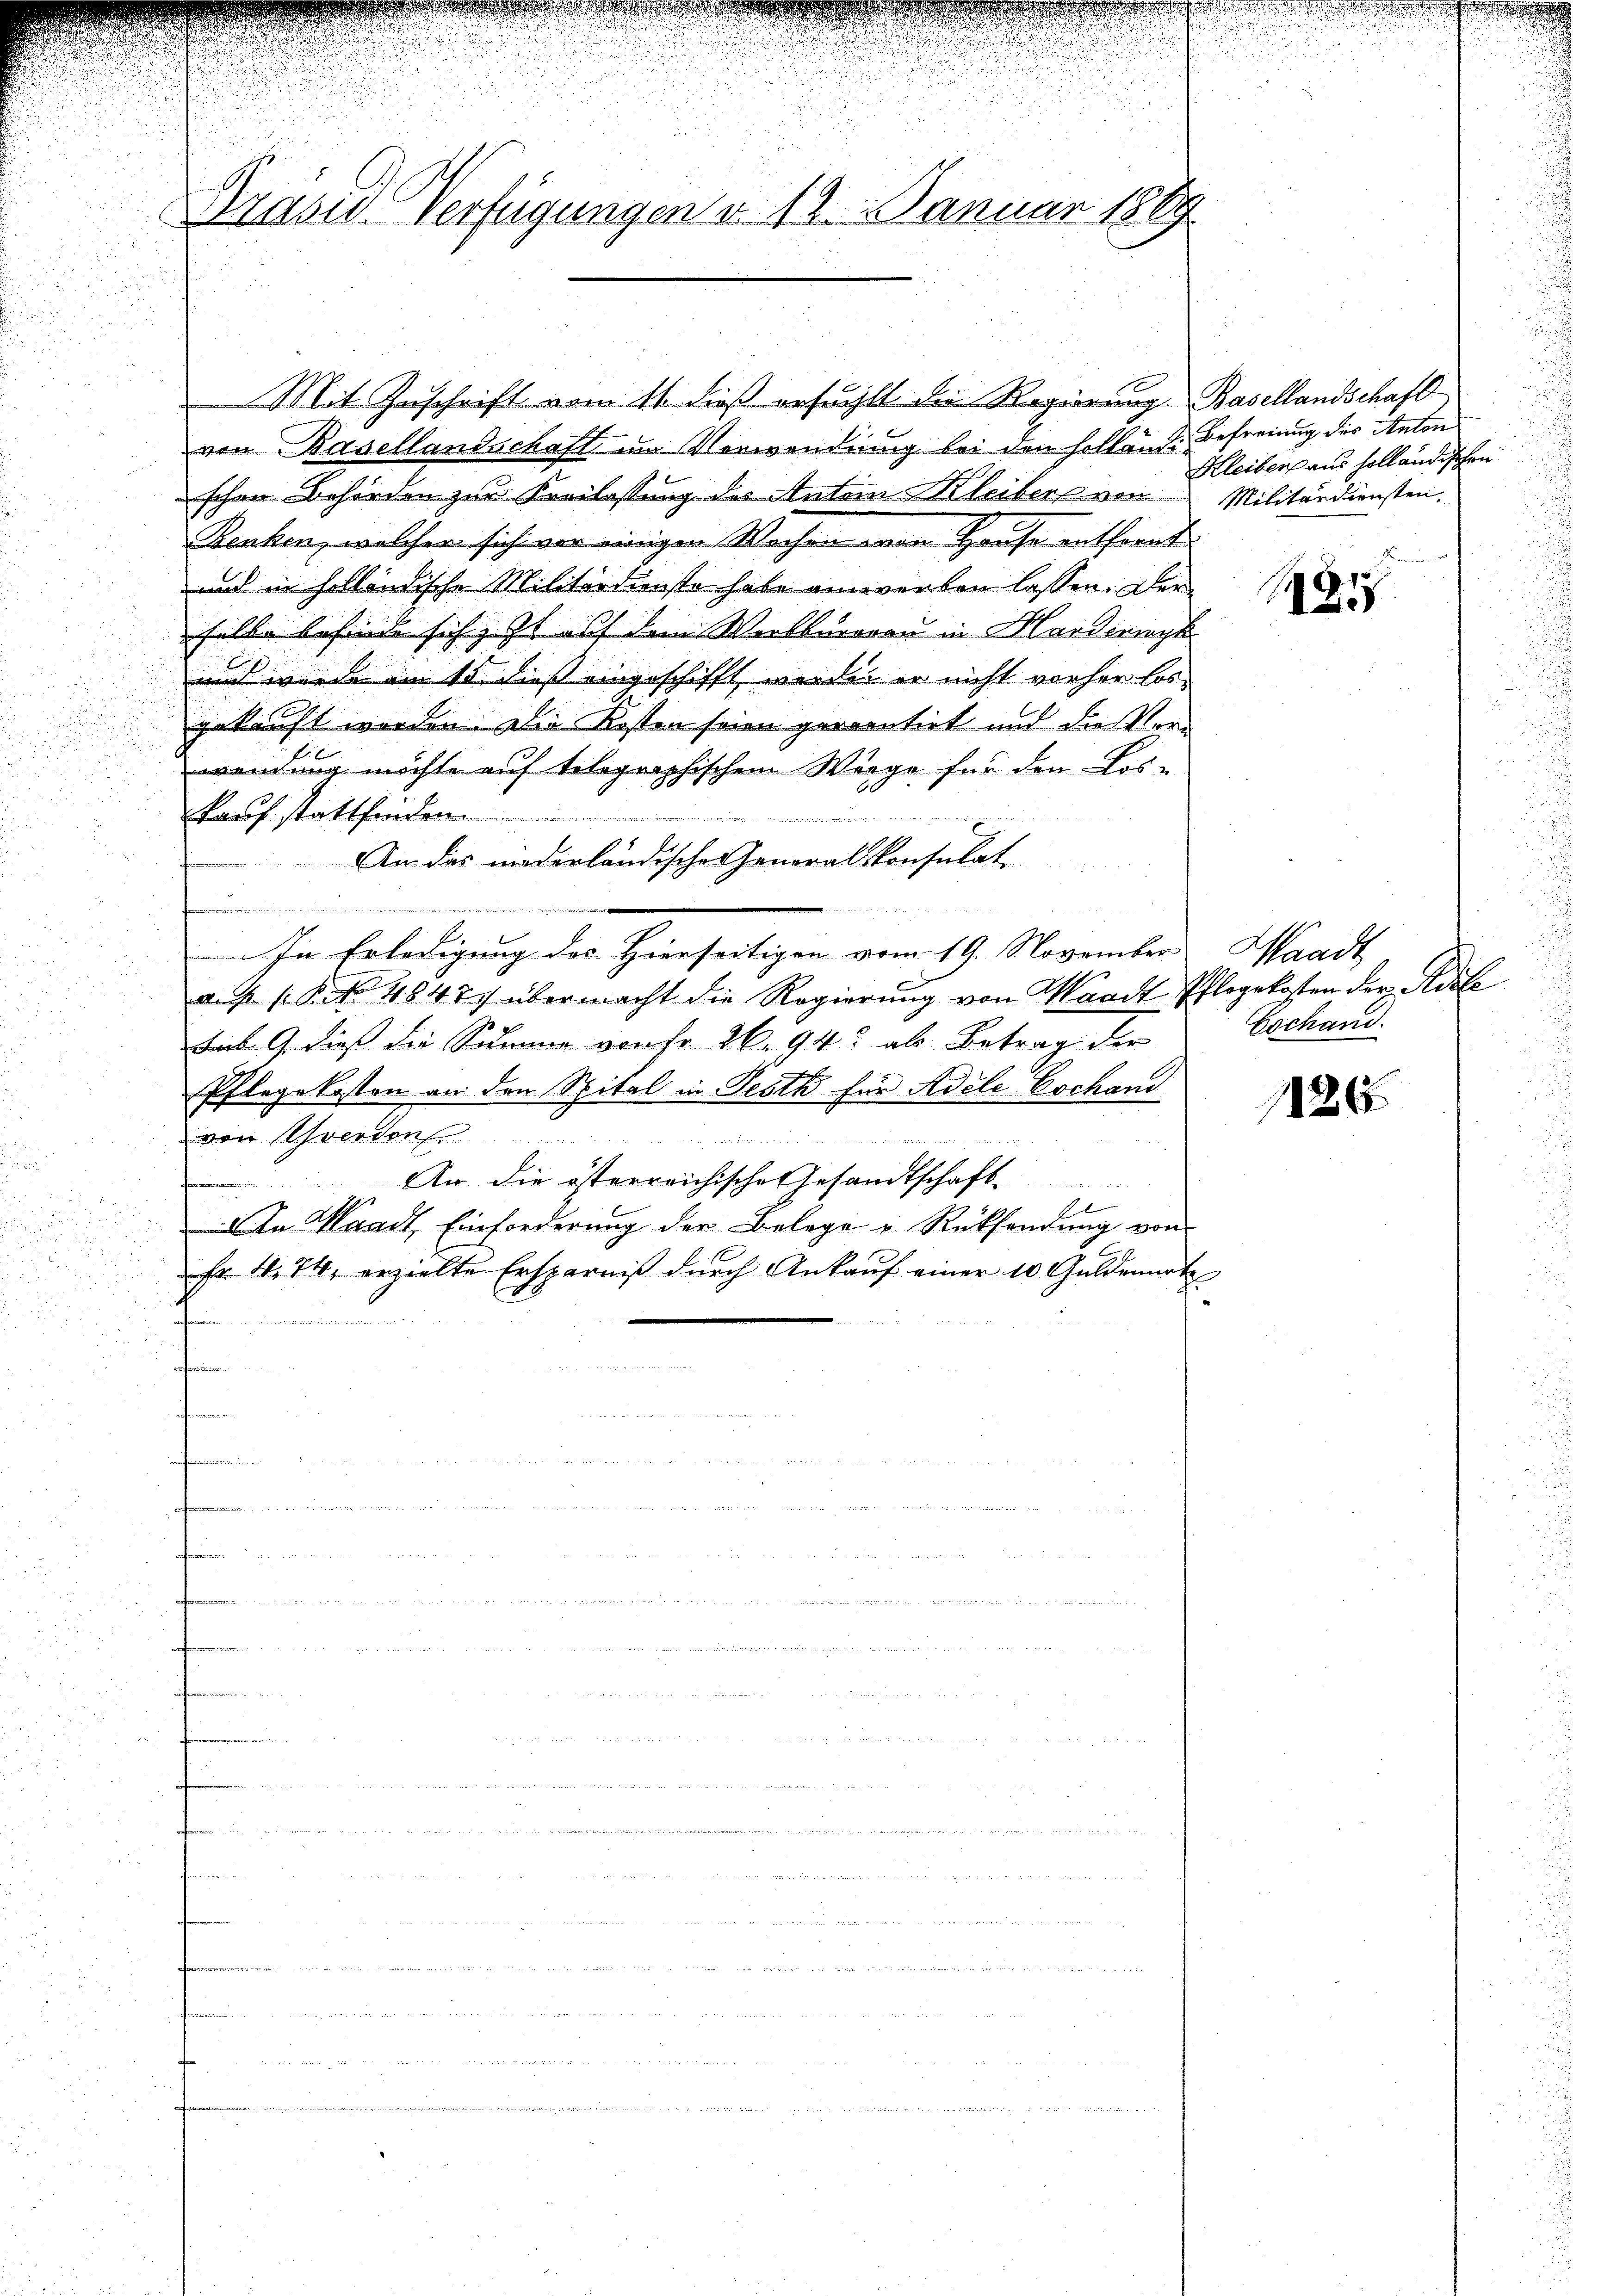
.

u

Kasis-Verfügungen d. 12. Januar 1889

Mit Zuschrift vom 11. dieß erfählt die Regierung Basellandschaft

e

der

von Basellandschaft im Verwendung bei den Hollände Befreiung des Anton
schen Behörden zur Kreilassung des Antoin leibers von Militärdiensten.
Benken, welcher sich vor einigen Wochen von Hause entfernt.
und in holländische Militärdienste habe anverben lassen. Der
selbe befinde sich, It auf dem Werkburoren in Harderinge
mi wurde am 15. Dies eingeschifft, werden er nicht vorher los
gekauft worden. Die Kosten seien percentirt und die Vorwendung möchte auf telegraphischem Werge für den Los-
kauf stattfinden.
2. Werden

n
An das niederländische Generalkonsulat,
i

In Erledigung des Hierseitigen vom 19. November Waadt

auf K. 4848 übermacht die Regierŭng von Waadt Pflegekosten der Adets
Lib. 9. dieß die Summe von fr 26. 94. als Betrag der
Pflegekosten an den Spital in Pesth für Adele Cochand
von verdon
An die österreichische Gesandtschaft
1
An Waadt, Einforderung der Belege & Rücksendung von
2
Fr. 444, erzielte Ersparniβ dŭrch Ankaŭf einer 10 Guldenmat
g
a
aenommen,
das er den

u

e

Kleiben aus Holländischen

1425

Gschand

1126